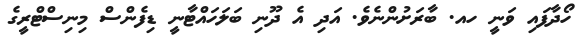
ހޯދާފައި ވަނީ ހއ. ބާރަށުންނެވެ. އަދި އެ ދޫނި ބަލަހައްޓާނީ ޑިފެންސް މިނިސްޓްރީގެ